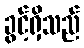
ခွင့်ရှိသည်